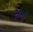
સમૌ